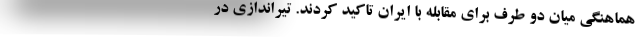
هماهنگی میان دو طرف برای مقابله با ایران تاکید کردند. تیراندازی در